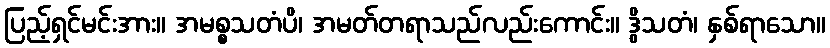
ပြည့်ရှင်မင်းအား။ အမစ္စသတံပိ၊ အမတ်တရာသည်လည်းကောင်း။ ဒွိသတံ၊ နှစ်ရာသော။